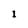
Character: 1